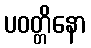
ပဝတ္တိနော